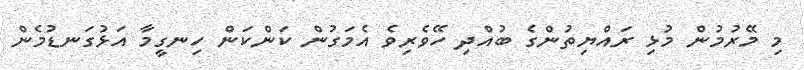
މި މޭރުމުން މުޅި ރައްޔިތުންގެ ބުއްދި ހޭވެރިވެ އެމަގުން ކަންކަން ހިނގީމާ އަޅުގަނޑުމެން